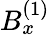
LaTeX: B_{x}^{(1)}